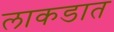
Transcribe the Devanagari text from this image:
लाकडात